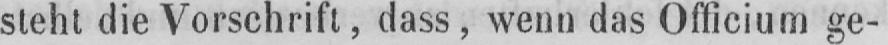
steht die Vorschrift, dass, wenn das Officium ge-